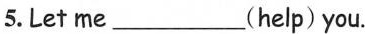
5.Let me ___(help) you.